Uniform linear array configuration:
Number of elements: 16
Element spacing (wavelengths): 1
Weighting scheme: uniform
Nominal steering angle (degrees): -60
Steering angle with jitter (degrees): -61.985
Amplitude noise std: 0.05
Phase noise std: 0.05

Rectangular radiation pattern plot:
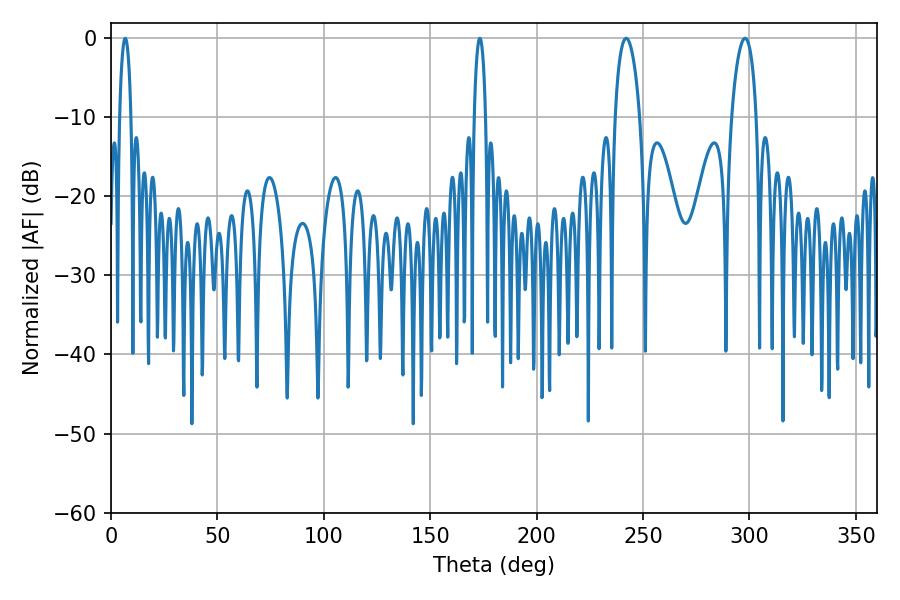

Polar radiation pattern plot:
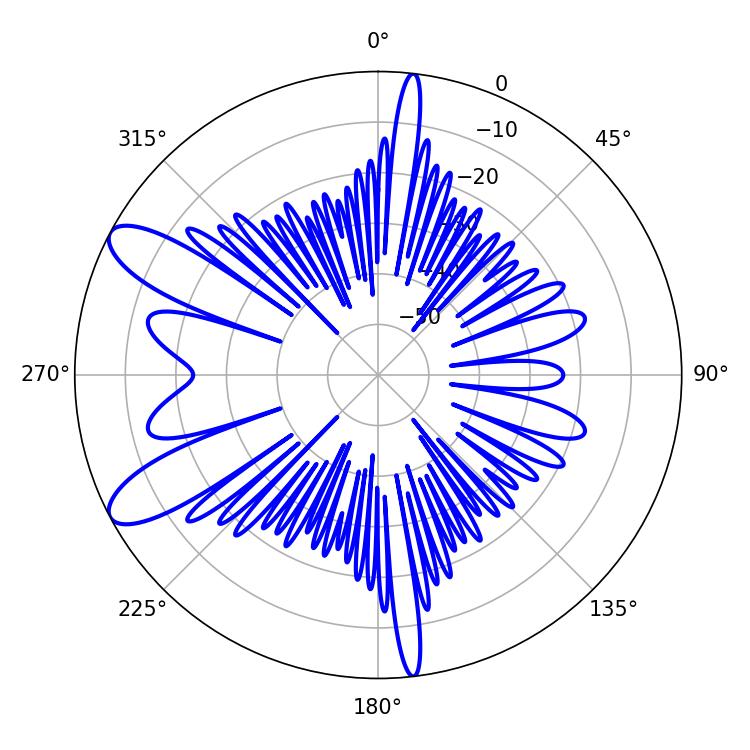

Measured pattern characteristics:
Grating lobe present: TRUE
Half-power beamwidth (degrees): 6.48
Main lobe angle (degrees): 242.1